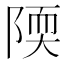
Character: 陾